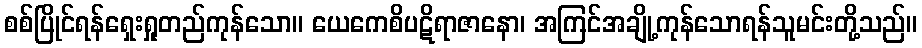
စစ်ပြိုင်ရန်ရှေးရှုတည်ကုန်သော။ ယေကေစိပဋိရာဇာနော၊ အကြင်အချို့ကုန်သောရန်သူမင်းတို့သည်။